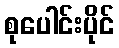
စုပေါင်းပိုင်